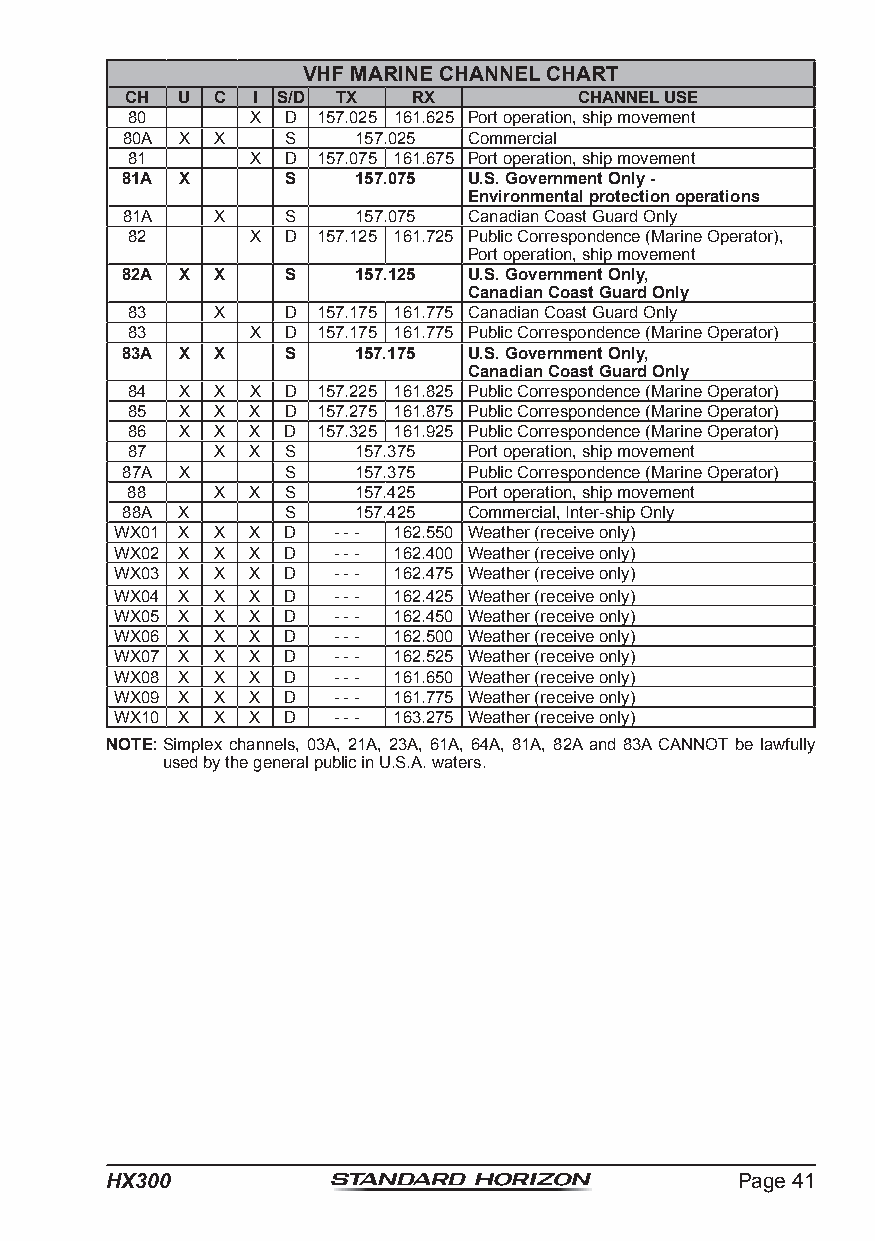
VHF MARINE CHANNEL CHART
 CH  U C  I S/D TX  RX         CHANNEL USE
 80       X D 157.025 161.625 Port operation, ship movement
 80A X X    S   157.025 Commercial
 81       X D 157.075 161.675 Port operation, ship movement
 81A X      S   157.075 U.S. Government Only -
 Environmental protection operations
 81A   X    S   157.075 Canadian Coast Guard Only
 82       X D 157.125 161.725 Public Correspondence (Marine Operator),
 Port operation, ship movement
 82A X X    S   157.125 U.S. Government Only,
 Canadian Coast Guard Only
 83    X    D 157.175 161.775 Canadian Coast Guard Only
 83       X D 157.175 161.775 Public Correspondence (Marine Operator)
 83A X X    S   157.175 U.S. Government Only,
 Canadian Coast Guard Only
 84  X X  X D 157.225 161.825 Public Correspondence (Marine Operator)
 85  X X X  D 157.275 161.875 Public Correspondence (Marine Operator)
 86  X X X  D 157.325 161.925 Public Correspondence (Marine Operator)
 87    X X  S   157.375 Port operation, ship movement
 87A X      S   157.375 Public Correspondence (Marine Operator)
 88    X X  S   157.425 Port operation, ship movement
 88A X      S   157.425 Commercial, Inter-ship Only
 WX01 X X X D  - - - 162.550 Weather (receive only)
 WX02 X X X D  - - - 162.400 Weather (receive only)
 WX03 X X X D  - - - 162.475 Weather (receive only)
 WX04 X X X D  - - - 162.425 Weather (receive only)
 WX05 X X X D  - - - 162.450 Weather (receive only)
 WX06 X X X D  - - - 162.500 Weather (receive only)
 WX07 X X X D  - - - 162.525 Weather (receive only)
 WX08 X X X D  - - - 161.650 Weather (receive only)
 WX09 X X X D  - - - 161.775 Weather (receive only)
 WX10 X X X D  - - - 163.275 Weather (receive only)
 NOTE: Simplex channels, 03A, 21A, 23A, 61A, 64A, 81A, 82A and 83A CANNOT be lawfully
 used by the general public in U.S.A. waters.
 HX300                                     Page 41